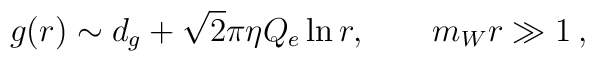
g(r) \sim d_g + \sqrt{2}\pi\eta Q_e \ln r, \qquad m_W r \gg 1 \: ,